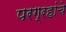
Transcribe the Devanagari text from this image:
परग्रहांचे